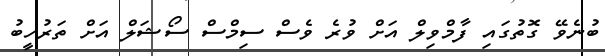
ބުނެވޭ ގޮތުގައި ފާމްވިލް އަށް ވުރެ ވެސް ސިމްސް ސޯޝަލް އަށް ތަރުހީބު